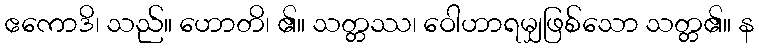
ဧကောဒိ၊ သည်။ ဟောတိ၊ ၏။ သတ္တဿ၊ ဝေါဟာရမျှဖြစ်သော သတ္တ၏။ န